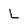
Character: L